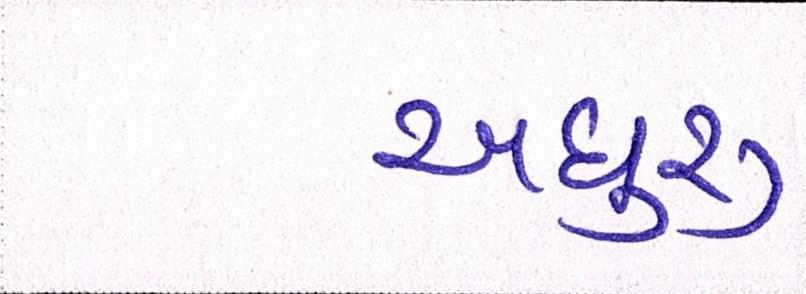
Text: અધુરુ